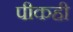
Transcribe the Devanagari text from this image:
पीकही